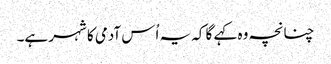
چنانچہ وہ کہے گا کہ یہ اُس آدمی کا شہر ہے۔